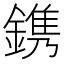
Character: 鎸